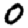
Digit: 0